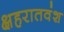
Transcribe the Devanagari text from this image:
क्षहरातवंश